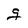
Character: g